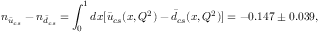
n _ { \bar { u } _ { c s } } - n _ { \bar { d } _ { c s } } = \int _ { 0 } ^ { 1 } d x [ \bar { u } _ { c s } ( x , Q ^ { 2 } ) - \bar { d } _ { c s } ( x , Q ^ { 2 } ) ] = - 0 . 1 4 7 \pm 0 . 0 3 9 ,